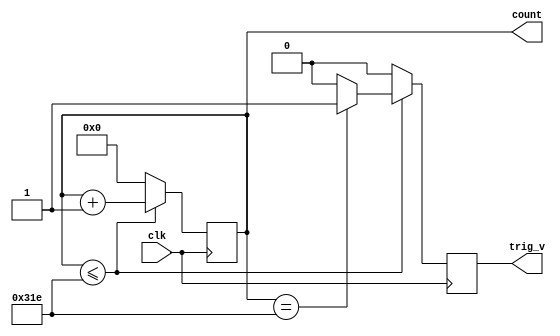
// Code your design here
module h_count(count,trig_v,clk);
  input clk;
  output trig_v;
  reg trig_v; // we also define both our outputs as register as well since we will be changing its values during our sequence.
  output [9:0] count;
  reg [9:0] count;
  
  initial // initializing both values to 0
    begin
    count=0;
    trig_v = 1'b1;
    end
  always @ (posedge clk) // conditioning this block to run whenever theres a positive edge in the waveform i.e when clk is 1/HIGH
  	begin
      if (count <= 798)
        begin
          if (count == 798)
            begin
              trig_v <= 1'b1;
              count <= count + 1;
            end
          else
            begin
            	count <= count + 1;
            	trig_v <=  1'b0;
            end  
        end
      else
        begin
        	count <= 0;
        	trig_v <= 1'b0;
        end
    end
endmodule